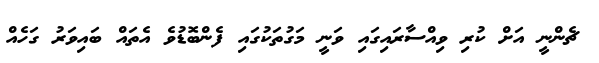
ޗެންނީ އަށް ކުރި ވިއްސާރައިގައި ވަނީ މަގުތަކުގައި ފެންބޮޑުވެ އެތައް ބައިވަރު ގަހެއް